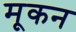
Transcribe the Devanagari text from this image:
मूकन